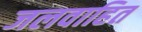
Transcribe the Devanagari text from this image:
जलवाहित